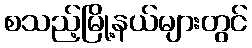
စသည့်မြို့နယ်များတွင်